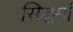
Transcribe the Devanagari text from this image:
सिद्धर्मा